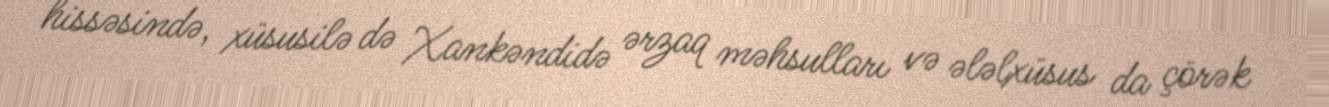
hissəsində, xüsusilə də Xankəndidə ərzaq məhsulları və ələlxüsus da çörək